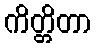
ကိတ္တိတာ